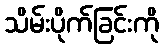
သိမ်းပိုက်ခြင်းကို